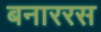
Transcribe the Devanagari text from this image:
बनाररस